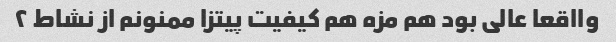
وااقعا عالی بود هم مزه هم کیفیت پیتزا ممنونم از نشاط ۲